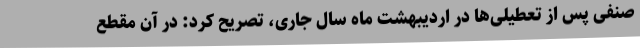
صنفی پس از تعطیلی‌ها در اردیبهشت ماه سال جاری، تصریح کرد: در آن مقطع